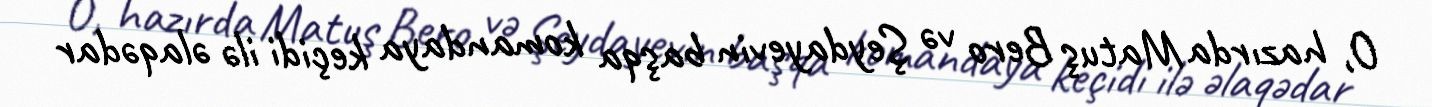
O, hazırda Matuş Bero və Şeydayevin başqa komandaya keçidi ilə əlaqədar